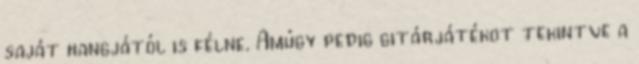
saját hangjától is félne. Amúgy pedig gitárjátékot tekintve a